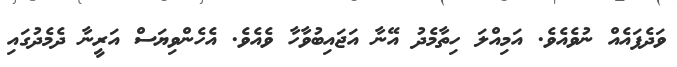
ވަދެފައެއް ނުވެއެވެ. އަމިއްލަ ހިތާމެދު އޭނާ އަޖައިބުވާހާ ވެއެވެ. އެހެންވިޔަސް އަރީނާ ދެމެދުގައި